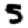
Digit: 5